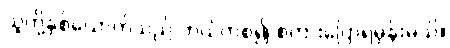
သူတို့နှစ်ယောက်သည် ဘယ်ကစ၍ စကားပြောရမှန်းမသိ။